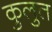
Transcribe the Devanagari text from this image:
कुलुत